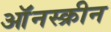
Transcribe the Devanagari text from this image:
ऑंनस्क्रीन